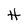
Character: H